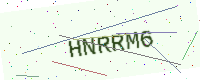
Text: HNRRM6